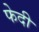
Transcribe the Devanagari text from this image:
फेदी